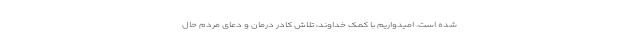
شده است. امیدواریم با کمک خداوند، تلاش کادر درمان و دعای مردم حال